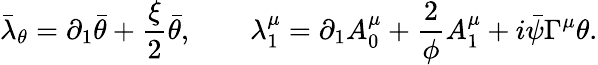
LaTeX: \bar{\lambda}_{\theta}=\partial_{1}\bar{\theta}+\frac\xi 2\bar{\theta},\qquad\lambda_{1}^{\mu}=\partial_{1}A_{0}^{\mu}+\frac 2\phi A_{1}^{\mu}+i\bar{\psi}\Gamma^{\mu}\theta.